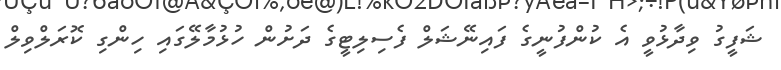
ޝަފީގު ވިދާޅުވީ އެ ކުންފުނީގެ ފައިނޭޝަލް ފެސިލިޓީގެ ދަށުން ހުޅުމާލޭގައި ހިންގި ކޮރަލްވިލް